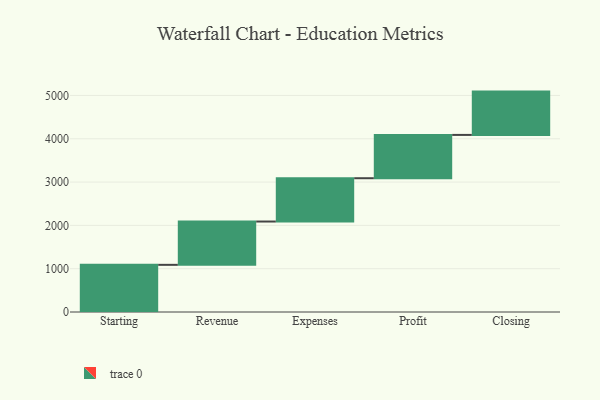
{"axis": {"x": "Step", "y": "Value"}, "legend": [""], "data": [{"x": "Starting", "y": 1089.0, "type": ""}, {"x": "Revenue", "y": 1000, "type": ""}, {"x": "Expenses", "y": 1000, "type": ""}, {"x": "Profit", "y": 1000, "type": ""}, {"x": "Closing", "y": 1000, "type": ""}]}